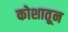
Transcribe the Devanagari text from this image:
कोशातून